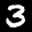
Label: 3